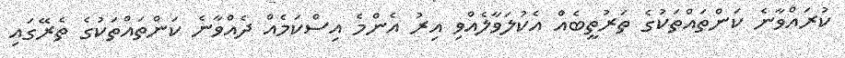
ކުރައްވާނެ ކަންތައްތަކުގެ ތަރުތީބެއް އެކުލަވާލެއްވި އިރު އެންމެ އިސްކަމެއް ދެއްވާނެ ކަންތައްތަކުގެ ތެރޭގައި